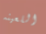
اللعينه